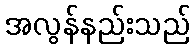
အလွန်နည်းသည်